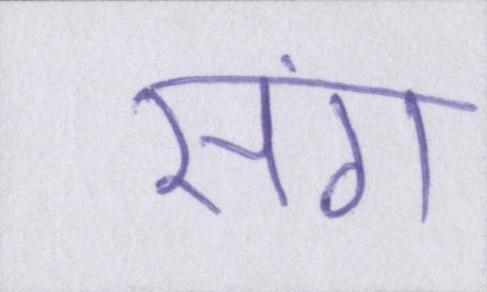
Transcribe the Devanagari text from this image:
संग